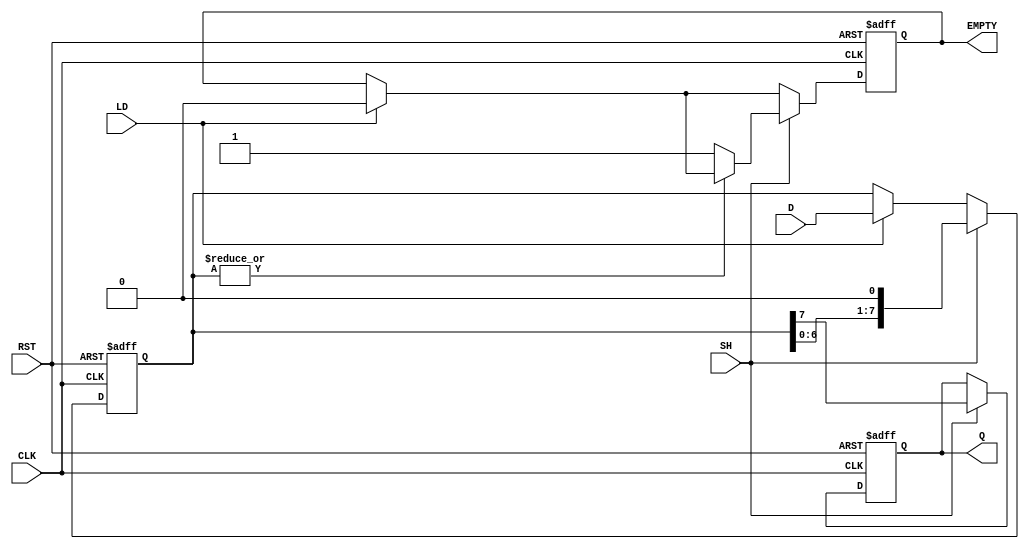
module piso_register #(
    parameter N = 8  // Number of bits
)(
    input wire [N-1:0] D,   // Parallel data input
    input wire LD,          // Load signal
    input wire SH,          // Shift signal
    input wire CLK,         // Clock signal
    input wire RST,         // Asynchronous reset
    output reg Q,           // Serial output
    output reg EMPTY        // Empty flag
);
    reg [N-1:0] shift_reg;  // Shift register array

    always @(posedge CLK or posedge RST) begin
        if (RST) begin
            shift_reg <= {N{1'b0}};  // Clear the register
            Q <= 1'b0;               // Reset output
            EMPTY <= 1'b1;           // Register is empty
        end else begin
            // Load data into the shift register
            if (LD) begin
                shift_reg <= D;       // Load input data into the register
                EMPTY <= 1'b0;        // Register is not empty
            end
            
            // Shift out data serially
            if (SH) begin
                Q <= shift_reg[N-1];   // Output the MSB
                shift_reg <= {shift_reg[N-2:0], 1'b0}; // Shift left
                // Check if the register is empty after shifting
                if (|shift_reg == 1'b0) begin
                    EMPTY <= 1'b1;       // Set empty flag if all bits are shifted out
                end
            end
        end
    end

    // Initial state for simulation purposes
    initial begin
        shift_reg = {N{1'b0}};
        Q = 1'b0;
        EMPTY = 1'b1;
    end

endmodule